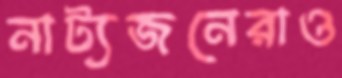
নাট্যজনেরাও